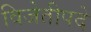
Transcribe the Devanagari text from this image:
विजेतीपदे